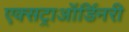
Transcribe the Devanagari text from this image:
एक्सट्राऑर्डिनरी